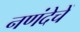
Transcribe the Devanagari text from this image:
नणंदेचें